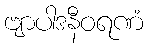
ဗျာပါဒနီဝရဏံ